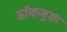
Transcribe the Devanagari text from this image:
डॉकबुक